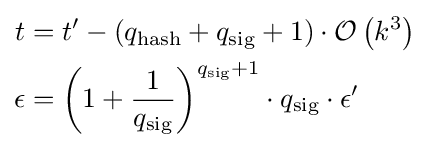
{\begin{aligned}t&=t'-(q_{\text{hash}}+q_{\text{sig}}+1)\cdot {\mathcal {O}}\left(k^{3}\right)\\\epsilon &=\left(1+{\frac {1}{q_{\text{sig}}}}\right)^{q_{\text{sig}}+1}\cdot q_{\text{sig}}\cdot \epsilon '\end{aligned}}